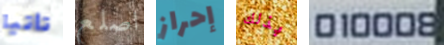
تأتيا اصلع إحراز بذلك 010008